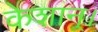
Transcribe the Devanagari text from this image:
केशान्।